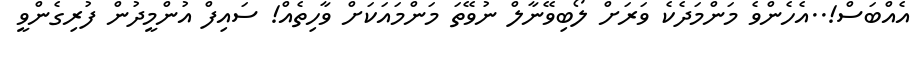
އެއްބަސް!..އެހެންވެ މަންމަދެކެ ވަރަށް ލޯބިވޭނާލް ނުވޭތަ މަންމައަކަށް ވާހިތެއް! ސައިފް އުންމީދުން ފުރިގެންވީ